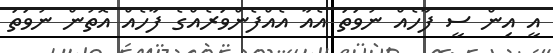
އީ އިން ސީ ފާހެއް ނުވަތަ އެއާ އެއްފެންވަރެއްގެ ފާހެއް އޮތުން ނުވަތަ